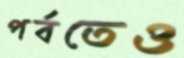
পর্বতেও